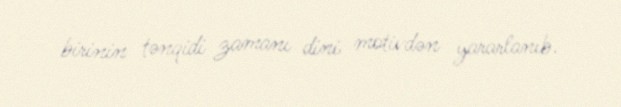
birinin tənqidi zamanı dini motivdən yararlanıb.